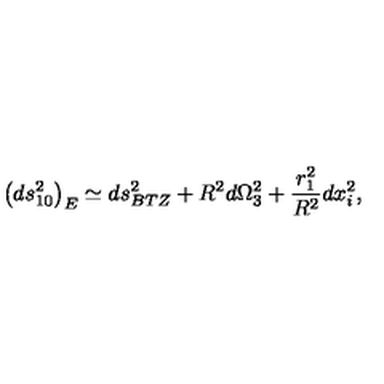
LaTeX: \left( d s _ { 1 0 } ^ { 2 } \right) _ { E } \simeq d s _ { B T Z } ^ { 2 } + R ^ { 2 } d \Omega _ { 3 } ^ { 2 } + { \frac { r _ { 1 } ^ { 2 } } { R ^ { 2 } } } d x _ { i } ^ { 2 } ,